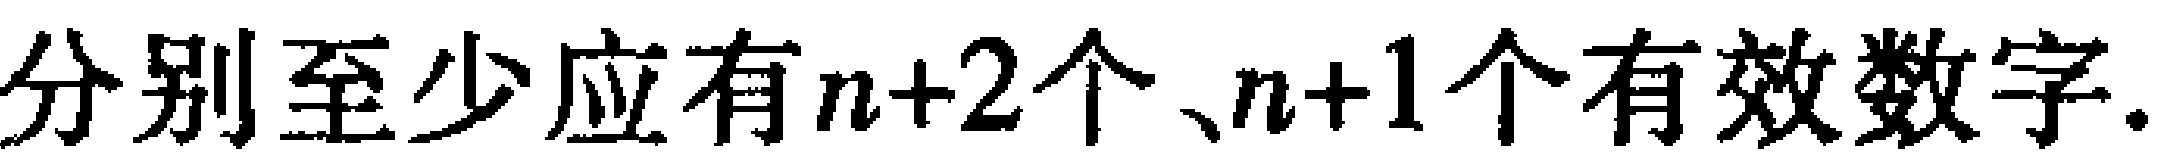
分别至少应有$n+2$个、$n+1$个有效数字.